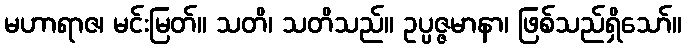
မဟာရာဇ၊ မင်းမြတ်။ သတိ၊ သတိသည်။ ဥပ္ပဇ္ဇမာနာ၊ ဖြစ်သည်ရှိသော်။